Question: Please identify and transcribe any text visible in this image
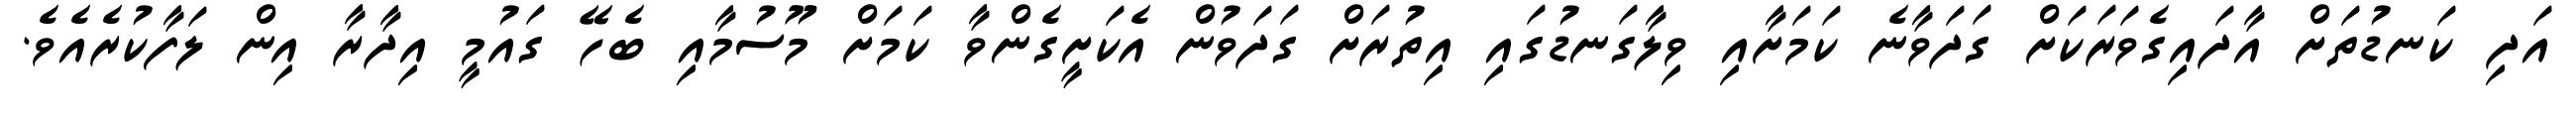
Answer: އަދި ކަނޑުތަށް އާދައިގެވަރަކަށް ގަދަވާނެ ކަމަށާއި ވިލާގަނޑުގައި އިތުރަށް ގަދަވުން އެކަށީގެންވާ ކަމަށް މޫސުމާއި ބެހޭ ގައުމީ އިދާރާ އިން ލަފާކުރެއެވެ.